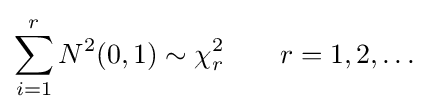
\sum _{i=1}^{r}N^{2}(0,1)\sim \chi _{r}^{2}\qquad r=1,2,\dots